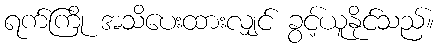
ရက်ကြို အသိပေးထားလျှင် ခွင့်ယူနိုင်သည်။